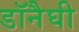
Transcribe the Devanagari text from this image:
डॉनैघी